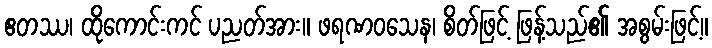
ဧတဿ၊ ထိုကောင်းကင် ပညတ်အား။ ဖရဏဝသေန၊ စိတ်ဖြင့် ဖြန့်သည်၏ အစွမ်းဖြင့်။